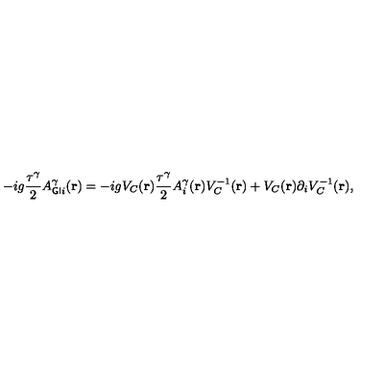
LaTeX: - i g \frac { \tau ^ { \gamma } } { 2 } A _ { { \sf G I } i } ^ { \gamma } ( { \bf { r } } ) = - i g V _ { C } ( { \bf { r } } ) \frac { \tau ^ { \gamma } } { 2 } A _ { i } ^ { \gamma } ( { \bf { r } } ) V _ { C } ^ { - 1 } ( { \bf { r } } ) + V _ { C } ( { \bf { r } } ) { \partial } _ { i } V _ { C } ^ { - 1 } ( { \bf { r } } ) ,